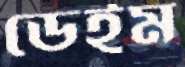
ডেইম